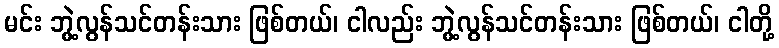
မင်း ဘွဲ့လွန်သင်တန်းသား ဖြစ်တယ်၊ ငါလည်း ဘွဲ့လွန်သင်တန်းသား ဖြစ်တယ်၊ ငါတို့